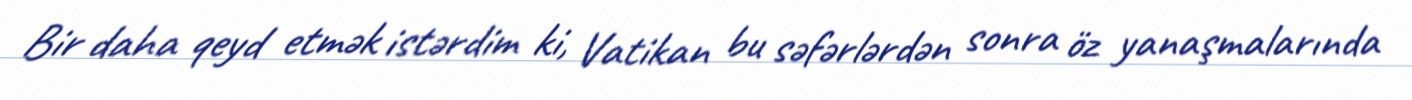
Bir daha qeyd etmək istərdim ki, Vatikan bu səfərlərdən sonra öz yanaşmalarında